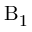
\mathrm { B _ { 1 } }